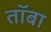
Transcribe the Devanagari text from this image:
तॉबा